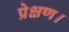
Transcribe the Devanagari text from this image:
प्रेक्षण।